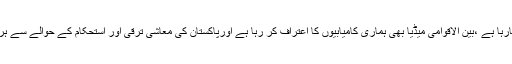
آج پاکستان کا مثبت تشخص دنیا کے سامنے جارہا ہے ،بین الاقوامی میڈیا بھی ہماری کامیابیوں کا اعتراف کر رہا ہے اورپاکستان کی معاشی ترقی اور استحکام کے حوالے سے ہر روز عالمی ادارے بھی اعتراف کر رہے ہیں ۔